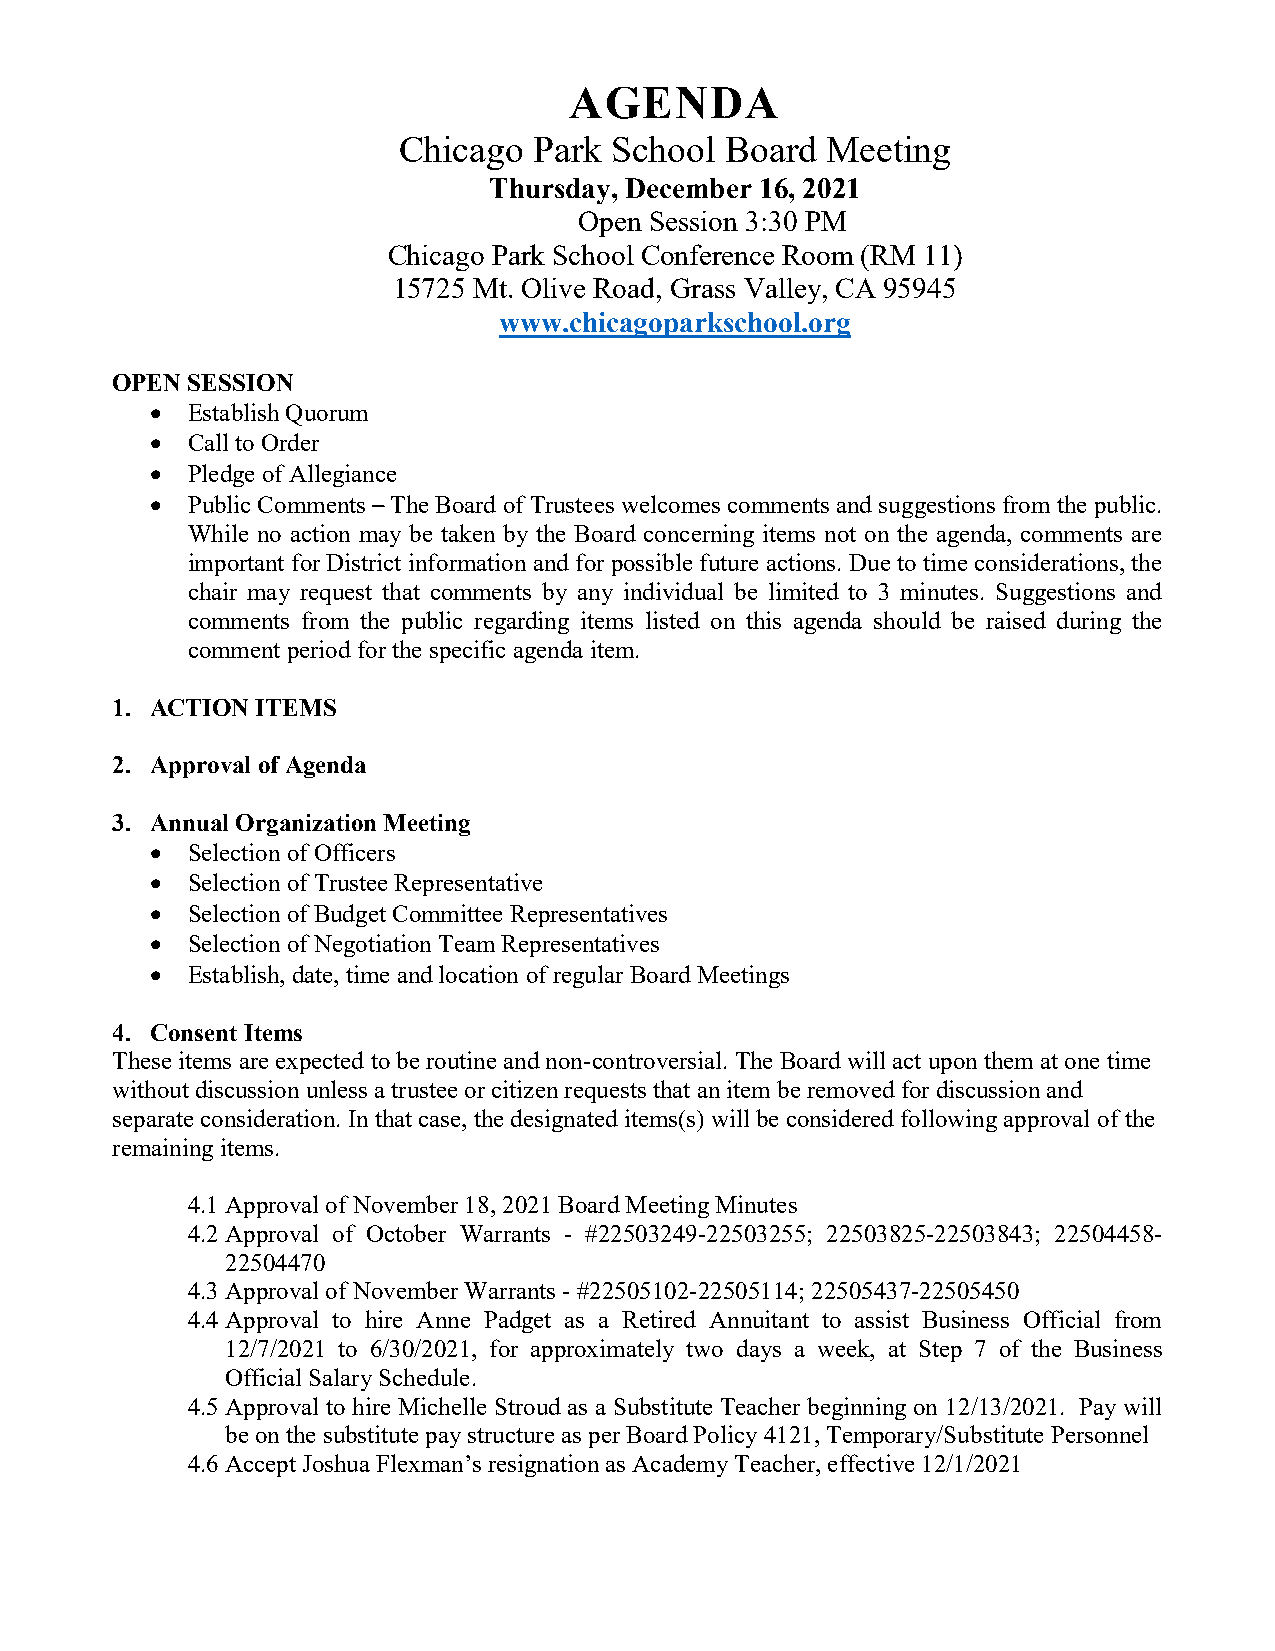
AGENDA
 Chicago  Park School  Board  Meeting
 Thursday, December 16, 2021
 Open Session 3:30 PM
 Chicago Park School Conference Room (RM 11)
 15725 Mt. Olive Road, Grass Valley, CA 95945
 www.chicagoparkschool.org
 OPEN SESSION
  Establish Quorum
  Call to Order
  Pledge of Allegiance
  Public Comments – The Board of Trustees welcomes comments and suggestions from the public.
 While no action may be taken by the Board concerning items not on the agenda, comments are
 important for District information and for possible future actions. Due to time considerations, the
 chair may request that comments by any individual be limited to 3 minutes. Suggestions and
 comments from the public regarding items listed on this agenda should be raised during the
 comment period for the specific agenda item.
 1. ACTION ITEMS
 2. Approval of Agenda
 3. Annual Organization Meeting
  Selection of Officers
  Selection of Trustee Representative
  Selection of Budget Committee Representatives
  Selection of Negotiation Team Representatives
  Establish, date, time and location of regular Board Meetings
 4. Consent Items
 These items are expected to be routine and non-controversial. The Board will act upon them at one time
 without discussion unless a trustee or citizen requests that an item be removed for discussion and
 separate consideration. In that case, the designated items(s) will be considered following approval of the
 remaining items.
 4.1 Approval of November 18, 2021 Board Meeting Minutes
 4.2 Approval of October Warrants - #22503249-22503255; 22503825-22503843; 22504458-
 22504470
 4.3 Approval of November Warrants - #22505102-22505114; 22505437-22505450
 4.4 Approval to hire Anne Padget as a Retired Annuitant to assist Business Official from
 12/7/2021 to 6/30/2021, for approximately two days a week, at Step 7 of the Business
 Official Salary Schedule.
 4.5 Approval to hire Michelle Stroud as a Substitute Teacher beginning on 12/13/2021. Pay will
 be on the substitute pay structure as per Board Policy 4121, Temporary/Substitute Personnel
 4.6 Accept Joshua Flexman’s resignation as Academy Teacher, effective 12/1/2021